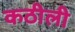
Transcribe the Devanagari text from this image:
कठीली